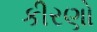
કીરણો